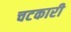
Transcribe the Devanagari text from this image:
चटकारी